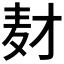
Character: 𬹅